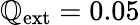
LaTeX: \mathbb{Q}_{\textrm{{ext}}}=0.05